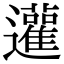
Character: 𨙕